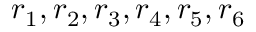
r _ { 1 } , r _ { 2 } , r _ { 3 } , r _ { 4 } , r _ { 5 } , r _ { 6 }